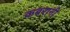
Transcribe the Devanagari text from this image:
कबरानी